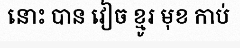
នោះ បាន វៀច ខ្មូរ មុខ កាប់